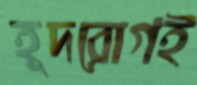
হূদরোগই